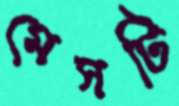
মেসটি